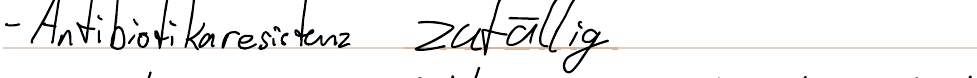
- Antibiotikaresistenz zufällig